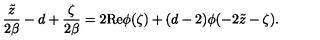
{ \frac { \tilde { z } } { 2 \beta } } - d + { \frac { \zeta } { 2 \beta } } = 2 \mathrm { R e } \phi ( \zeta ) + ( d - 2 ) \phi ( - 2 \tilde { z } - \zeta ) .